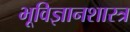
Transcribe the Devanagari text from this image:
भूविज्ञानशास्त्र